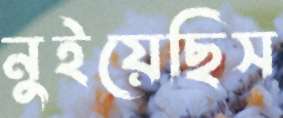
নুইয়েছিস